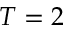
T = 2